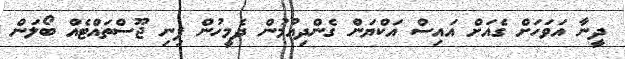
ދީނާ އަވަހަށް ގެއަށް އައިސް އަކްޔަން ގެންދިއުމުން ދެމީހުން ފިނި ޖޫސްތައްޓެއް ބޯލަން